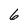
Character: 6